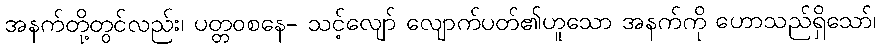
အနက်တို့တွင်လည်း၊ ပတ္တဝစနေ- သင့်လျော် လျောက်ပတ်၏ဟူသော အနက်ကို ဟောသည်ရှိသော်၊